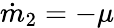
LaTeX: \dot{m}_{2}=-\mu